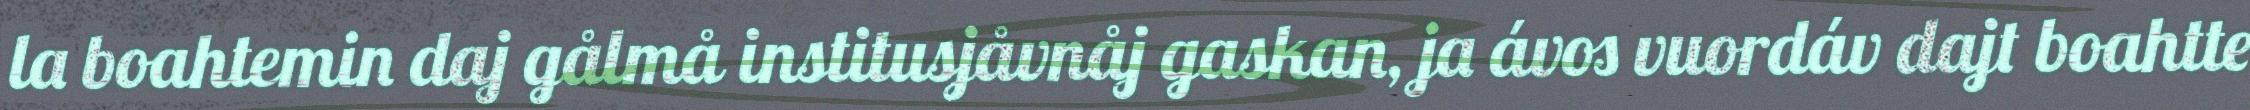
la boahtemin daj gålmå institusjåvnåj gaskan, ja ávos vuordáv dajt boahtte